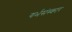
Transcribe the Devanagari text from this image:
गर्भसंस्कार